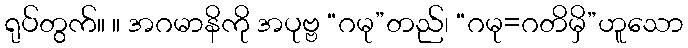
ရုပ်တွက်။ ။ အဂမာနိကို အပုဗ္ဗ “ဂမု”တည်၊ “ဂမု=ဂတိမှိ”ဟူသော